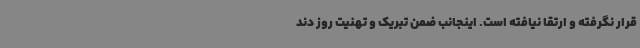
قرار نگرفته و ارتقا نیافته است. اینجانب ضمن تبریک و تهنیت روز دند